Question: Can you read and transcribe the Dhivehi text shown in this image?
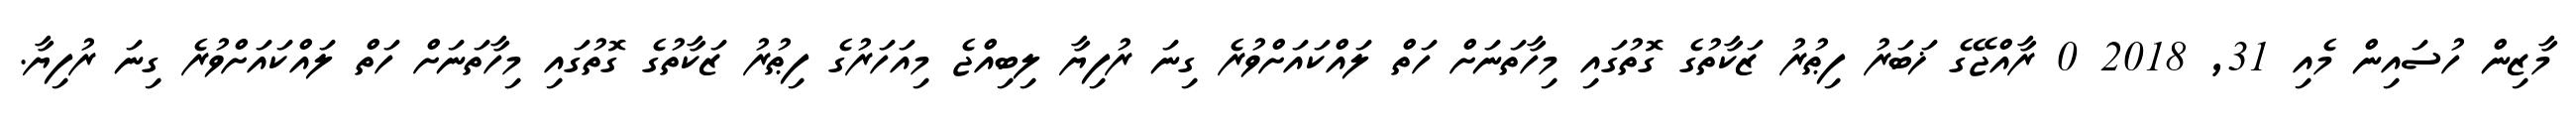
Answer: މާޒިން ހުސައިން މެއި 31, 2018 0 ރާއްޖޭގެ ޚަބަރު ފިޠުރު ޒަކާތުގެ ގޮތުގައި މިހާތަނަށް ހަތް ލައްކައަށްވުރެ ގިނަ ރުފިޔާ ލިބިއްޖެ މިއަހަރުގެ ފިޠުރު ޒަކާތުގެ ގޮތުގައި މިހާތަނަށް ހަތް ލައްކައަށްވުރެ ގިނަ ރުފިޔާ.